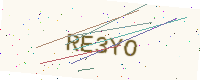
Text: RE3YO